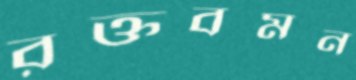
রক্তবমন